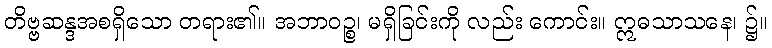
တိဗ္ဗဆန္ဒအစရှိသော တရား၏။ အဘာဝဉ္စ၊ မရှိခြင်းကို လည်း ကောင်း။ ဣဓသာသနေ၊ ၌။